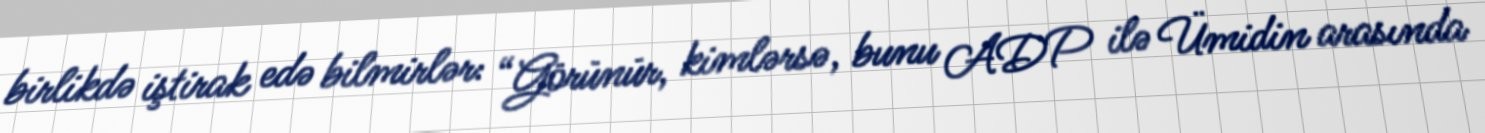
birlikdə iştirak edə bilmirlər: “Görünür, kimlərsə, bunu ADP ilə Ümidin arasında